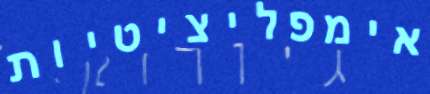
אימפליציטיות